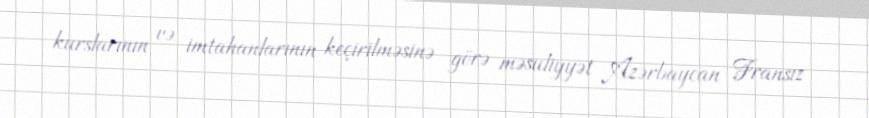
kurslarının və imtahanlarının keçirilməsinə görə məsuliyyət Azərbaycan Fransız